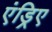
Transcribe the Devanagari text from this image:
एंड्रिए